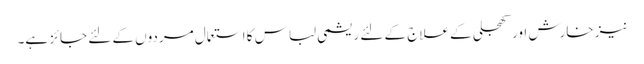
نیز خارش اور کھجلی کے علاج کے لئے ریشمی لباس کا استعمال مردوں کے لئے جائز ہے۔